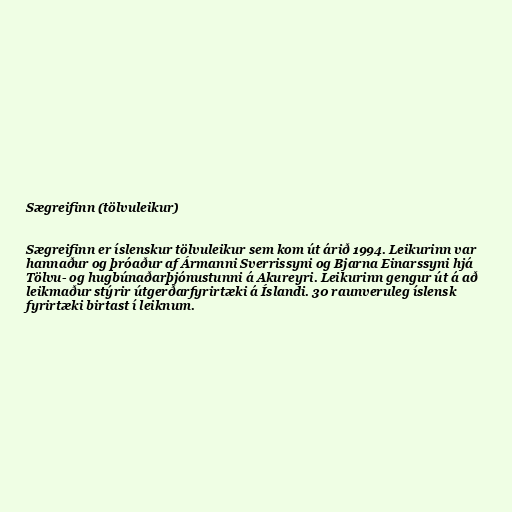
Sægreifinn (tölvuleikur)

Sægreifinn er íslenskur tölvuleikur sem kom út árið 1994. Leikurinn var
hannaður og þróaður af Ármanni Sverrissyni og Bjarna Einarssyni hjá
Tölvu- og hugbúnaðarþjónustunni á Akureyri. Leikurinn gengur út á að
leikmaður stýrir útgerðarfyrirtæki á Íslandi. 30 raunveruleg íslensk
fyrirtæki birtast í leiknum.